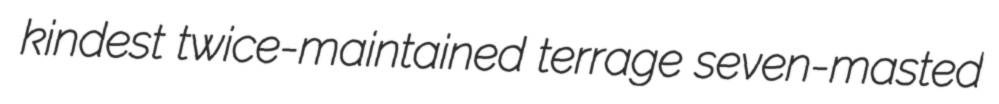
kindest twice-maintained terrage seven-masted